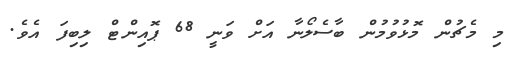
މި މެޗުން މޮޅުވުމުން ބާސެލޯނާ އަށް ވަނީ 68 ޕޮއިންޓް ލިބިފަ އެވެ.